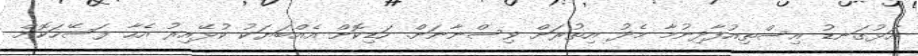
އަޅުގަނޑު އިސްތިއުފާދިނުމާ މެދު އިތުރަށް ވިސްނާނަށް. ހަޑިކޮށް އެއްބަޔަކު ކުޅޭއިރު އެހާ ފަސޭހަކޮށް